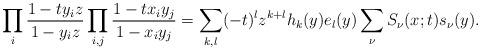
LaTeX: \begin{align*}\prod_{i}\frac{1-ty_i z}{1-y_i z}\prod_{i,j}\frac{1-t x_i y_j}{1-x_i y_j}=\sum_{k,l}(-t)^lz^{k+l}h_k(y)e_l(y)\sum_{\nu}S_{\nu}(x;t)s_{\nu}(y).\end{align*}